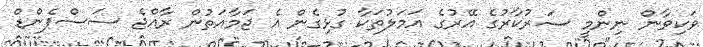
ވަކިވާން ނިންމީ ސަރުކާރުގެ އޭރުގެ އަމަލުތަކާ ގުޅިގެން އެ ޖަމާއަތުން ރާއްޖެ ސަސްޕެންޑް